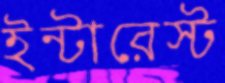
ইন্টারেস্ট